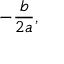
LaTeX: - { \frac { b } { 2 a } } ,